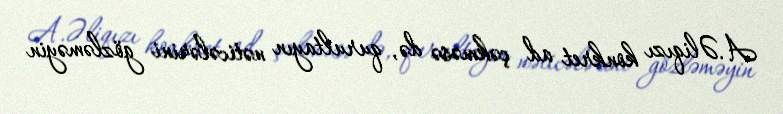
A.Əliqızı konkret ad çəkməsə də, qurultayın nəticələrini gözləməyin